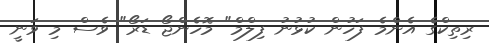
ރިތިކްގެ އެންމެ ފަހުން ކުޅުނު ފިލްމް" މޮހެންޖޯ ޑަރޯ" ވެސް މި ވަނީ